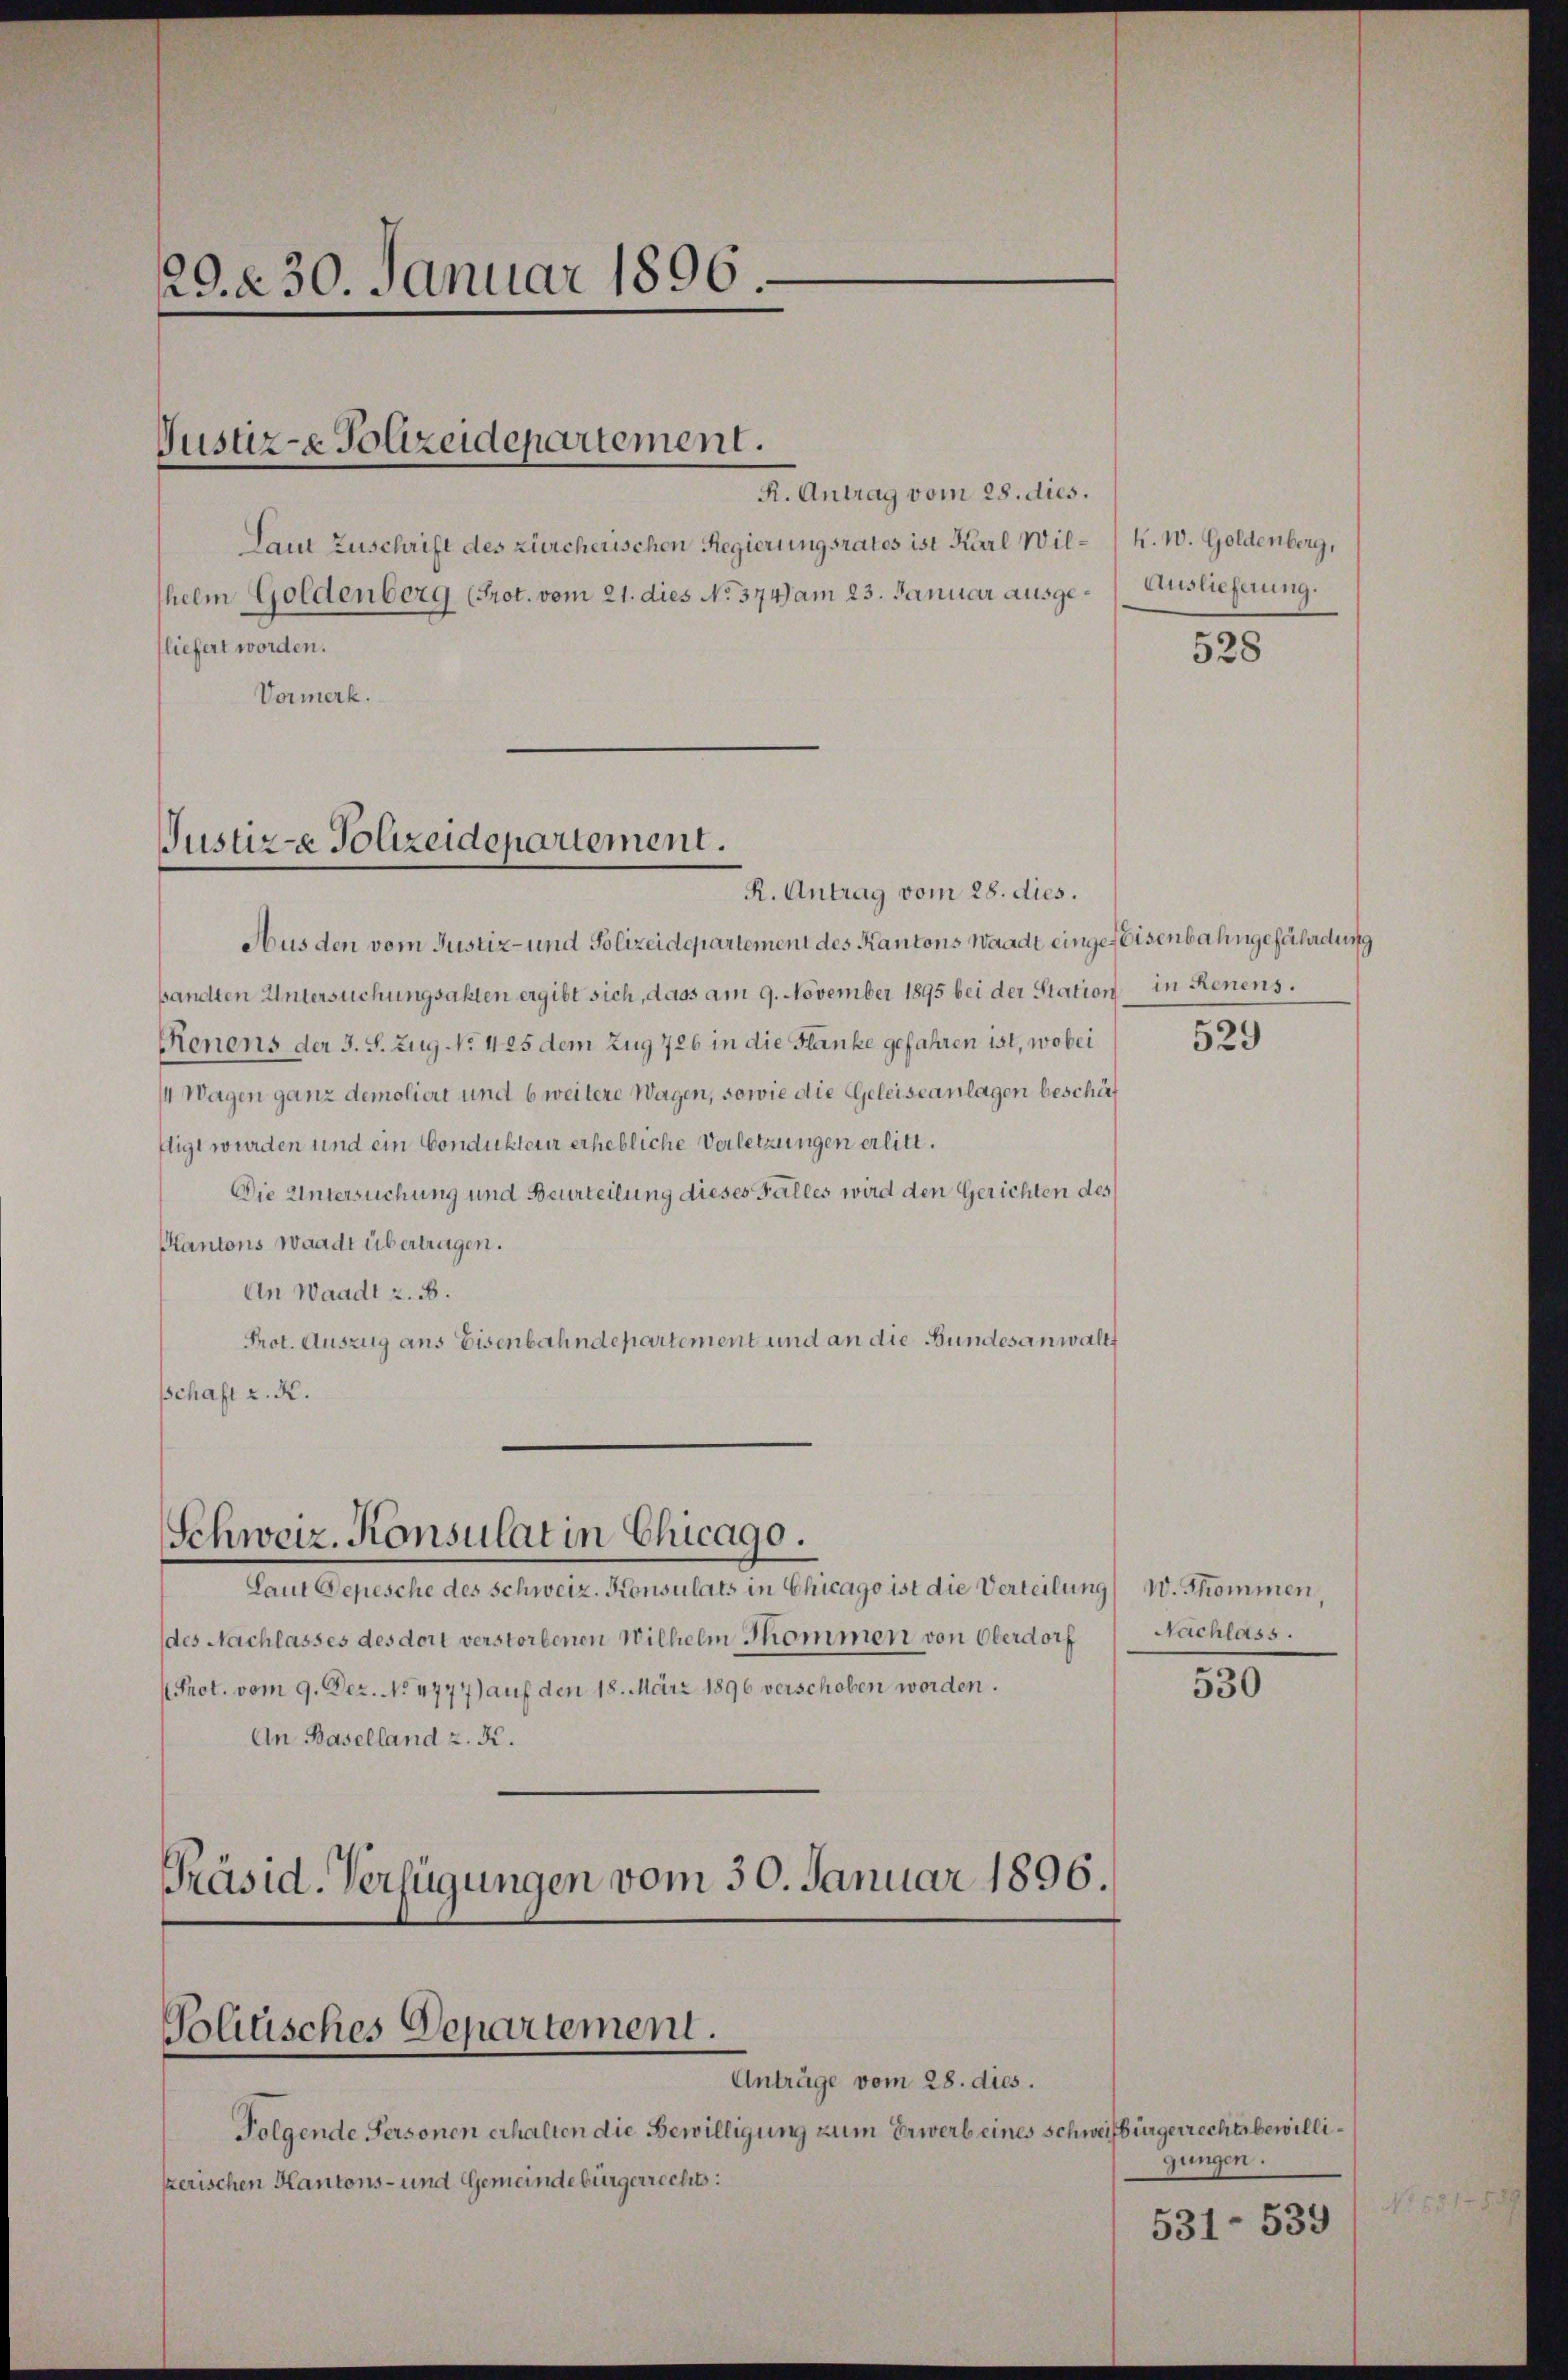
29. 230. Januar 1896

Laut Zuschrift des zürcherischen Regierungsrates ist Karl Wilhelm Goldenberg (Prot. vom 21. dies No. 374 am 23. Januar ausgefliefert worden.
Vormerk.

Justiz-e Polizeidepartement.

R. Antrag vom 28. dies.
Aus den vom Justiz- und Polizeidepartement des Kantons Waadt eingefeisenbahngefährdung
sandten Untersuchungsakten ergibt sich, dass am 9. November 1895 bei der Station in Renens.
Renens der 3. S. Zug No. 425 dem Zug 726 in die Flanke gefahren ist, wobei
/4 Wagen ganz demoliert und 6 weitere Wagen, sowie die Geleiseanlagen beschäf
ftigt wurden und ein Condukteur erhebliche Verletzungen erlitt.
Die Untersuchung und Beurteilung dieses Falles wird den Gerichten des
Kantons Waadt übertragen.
An Waadt z. B.
Prot. Auszug aus Eisenbahndepartement und an die Bundesanwaltt
schaft z. R.

Schweiz. Konsulat in Chicago.

Justiz-e Polizeidepartement.

R. Antrag vom 28. dies.

Laut Depesche des Schweiz. Konsulats in Chicago ist die Verteilung W. Thommen,
des Nachlasses des dort verstorbenen Wilhelm Thommen von Oberdorf
Prot. vom 9. Dez. No. 4777) auf den 18. März 1896 verschoben worden.
An Baselland z. K.
Präsid. Verfügungen vom 30. Januar 1896.

Folgende Personen erhalten die Bewilligung zum Erwerb eines Schweisbürgerrechtsbewillikerischen Kantons- und Gemeindebürgerrecht:

Politisches Departement.
Anträge vom 28. dies.

K. W. Goldenberg,
Auslieferung.

528

529

Nachlass.

530

gungen.

531-539